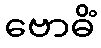
ဗောဓိံ